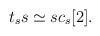
LaTeX: \begin{align*}t_ss\simeq sc_s[2].\end{align*}